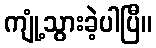
ကျုံ့သွားခဲ့ပါပြီ။